65_HS1-834228961_62-HQ-83894_Serial_164
Agency: FBI
Page 129
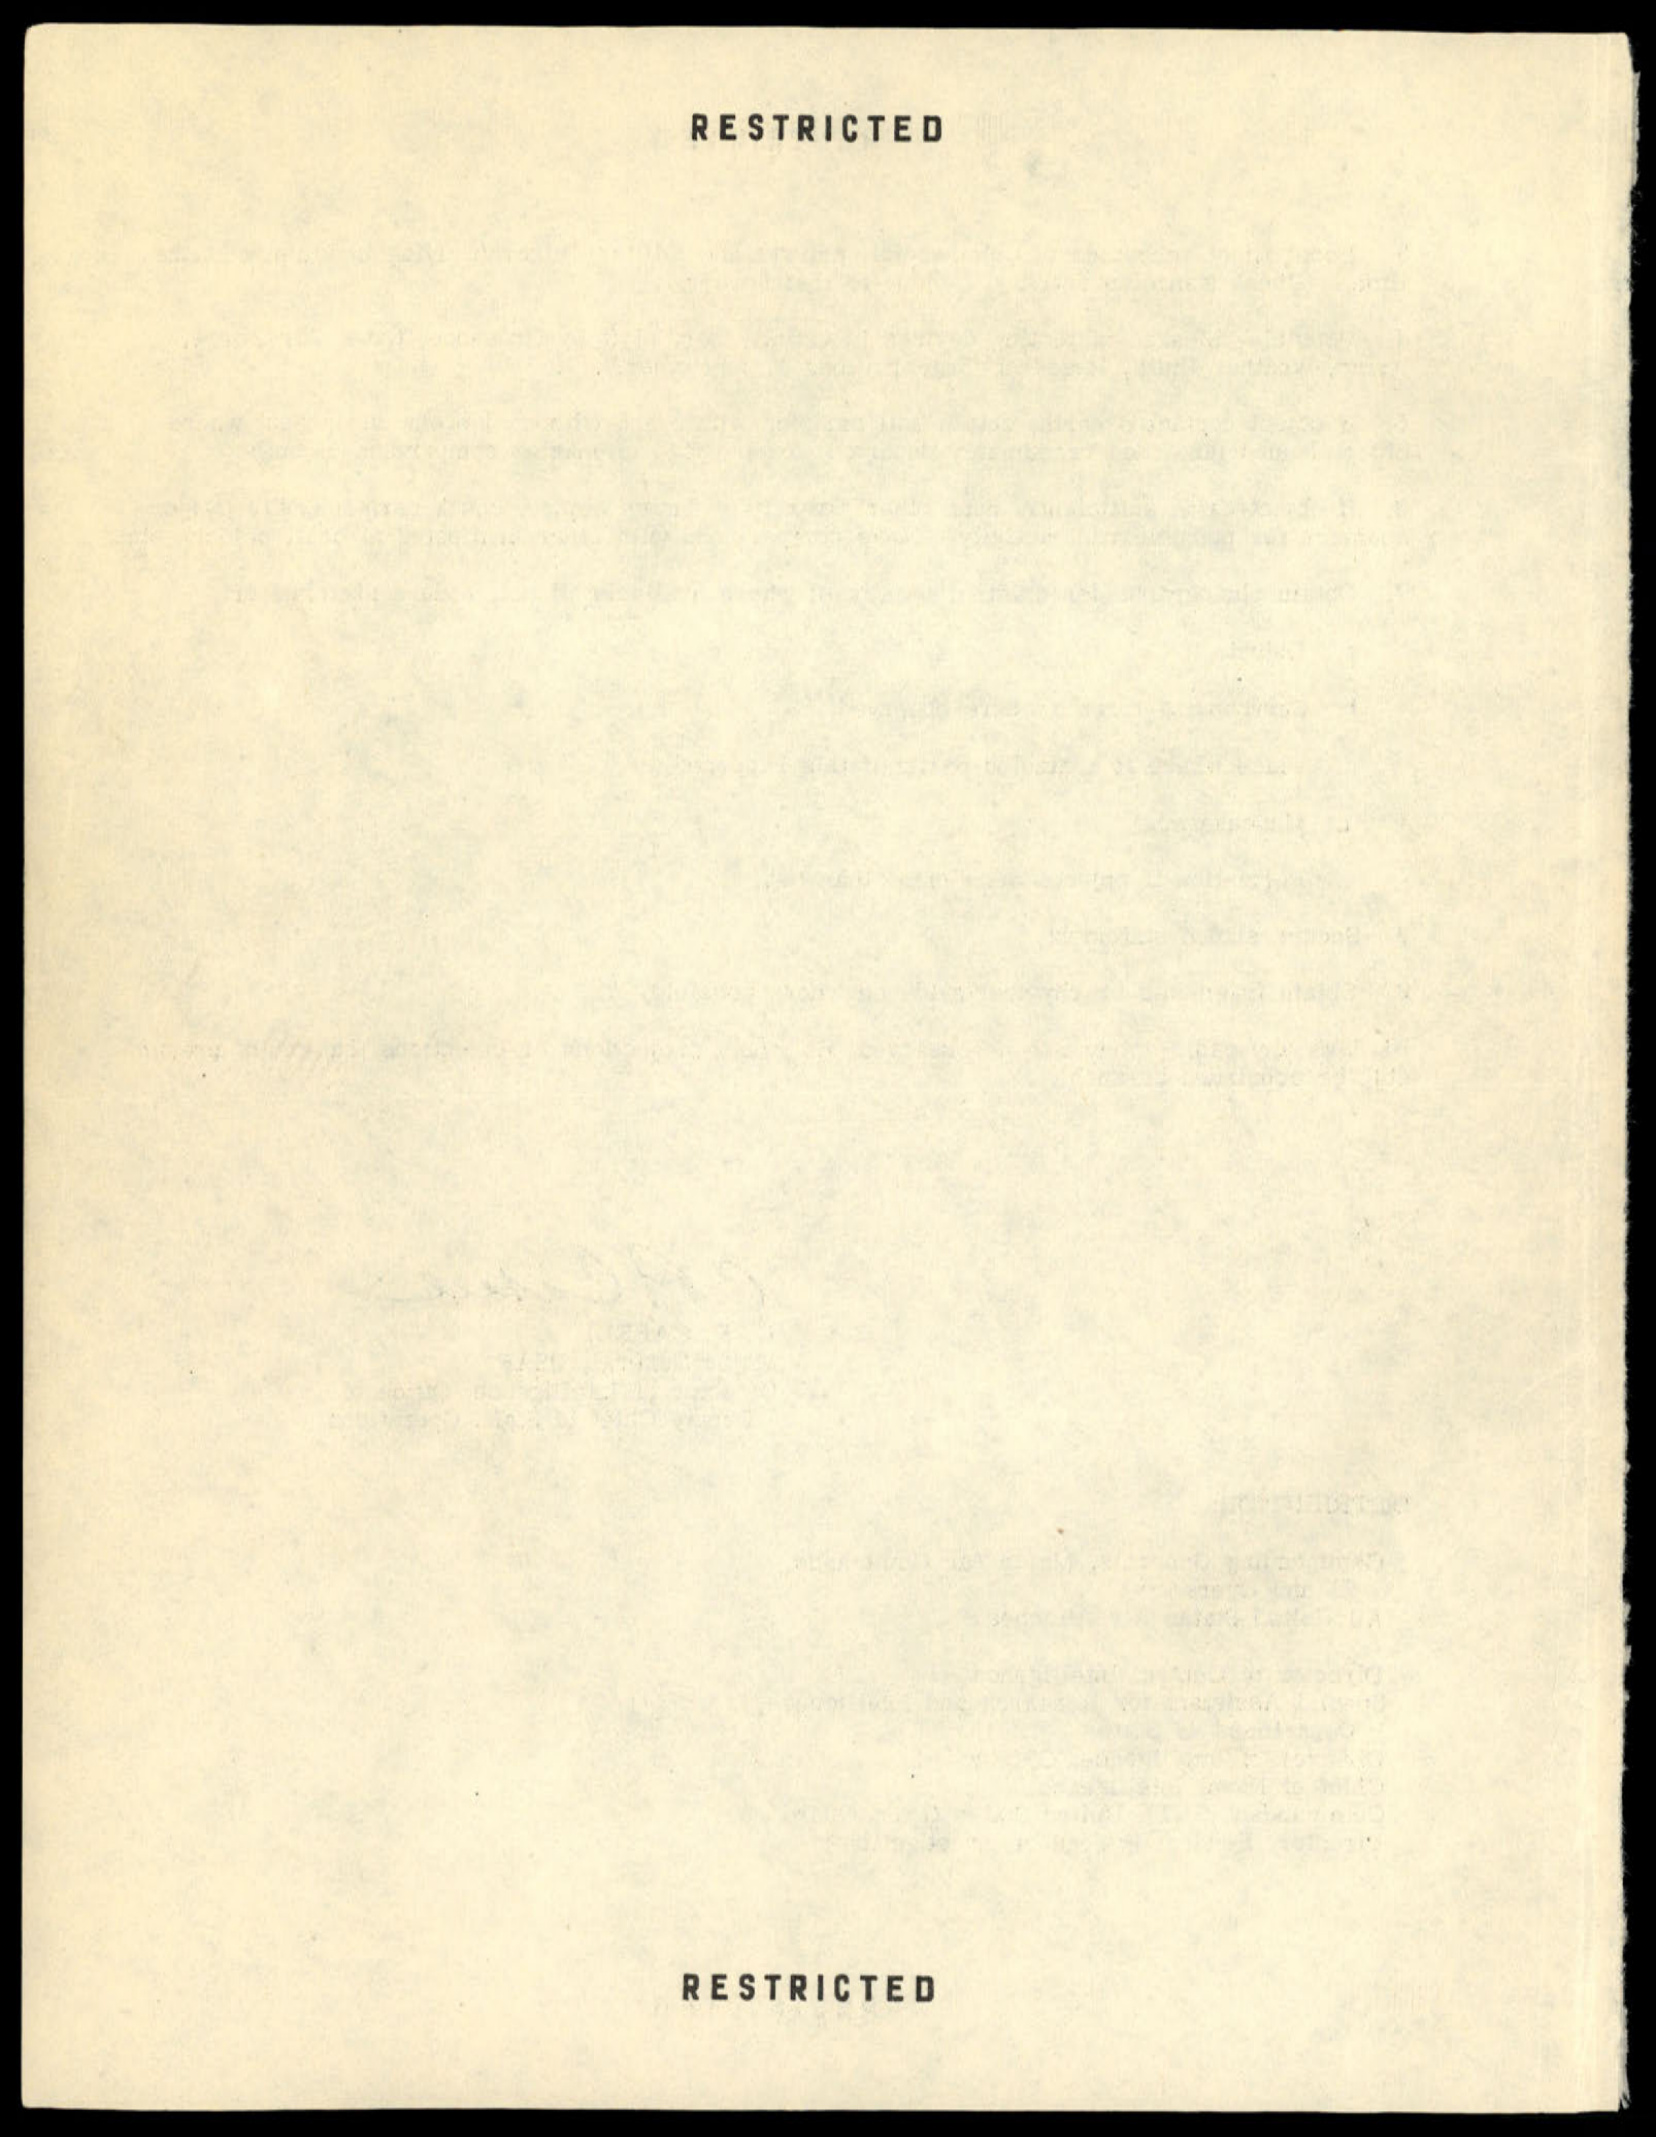